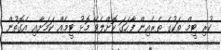
ކުރި ޓީމް ތަކުގެ ތެރެއިން ފާހަގަ ކޮށްލެވޭ މޮޅު ޓީމެއް ކަމަށާއި އެގޮތުން